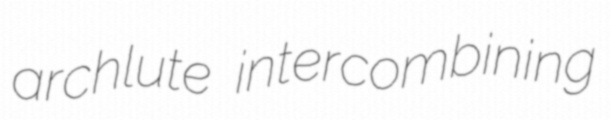
archlute intercombining